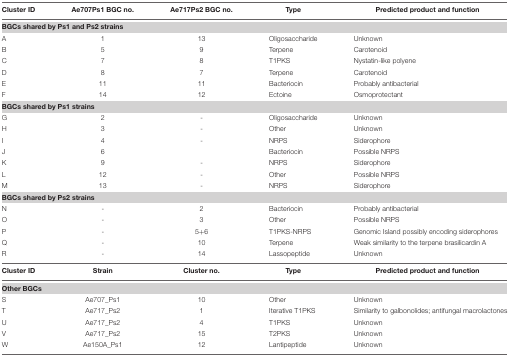
| Cluster ID | Ae707Ps1 BGC no. | Ae717Ps2 BGC no. | Type | Predicted product and function |
 | --- | --- | --- | --- | --- |
 | <COLSPAN=5> BGCs shared by Ps1 and Ps2 strains |
 | A | 1 | 13 | Oligosaccharide | Unknown |
 | B | 5 | 9 | Terpene | Carotenoid |
 | C | 7 | 8 | T1PKS | Nystatin-like polyene |
 | D | 8 | 7 | Terpene | Carotenoid |
 | E | 11 | 11 | Bacteriocin | Probably antibacterial |
 | F | 14 | 12 | Ectoine | Osmoprotectant |
 | <COLSPAN=5> BGCs shared by Ps1 strains |
 | G | 2 | - | Oligosaccharide | Unknown |
 | H | 3 | - | Other | Unknown |
 | I | 4 | - | NRPS | Siderophore |
 | J | 6 |  | Bacteriocin | Possible NRPS |
 | K | 9 | - | NRPS | Siderophore |
 | L | 12 | - | Other | Possible NRPS |
 | M | 13 | - | NRPS | Siderophore |
 | <COLSPAN=5> BGCs shared by Ps2 strains |
 | N | - | 2 | Bacteriocin | Probably antibacterial |
 | O | - | 3 | Other | Possible NRPS |
 | P | - | 5+6 | T1PKS-NRPS | Genomic Island possibly encoding siderophores |
 | Q | - | 10 | Terpene | Weak similarity to the terpene brasilicardin A |
 | R | - | 14 | Lassopeptide | Unknown |
 | Cluster ID | Strain | Cluster no. | Type | Predicted product and function |
 | <COLSPAN=5> Other BGCs |
 | S | Ae707_Ps1 | 10 | Other | Unknown |
 | T | Ae717_Ps2 | 1 | Iterative T1PKS | Similarity to galbonolides; antifungal macrolactones |
 | U | Ae717_Ps2 | 4 | T1PKS | Unknown |
 | V | Ae717_Ps2 | 15 | T2PKS | Unknown |
 | W | Ae150A_Ps1 | 12 | Lantipeptide | Unknown |